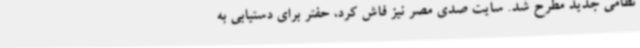
نظامی جدید مطرح شد. سایت صدی مصر نیز فاش کرد، حفتر برای دستیابی به